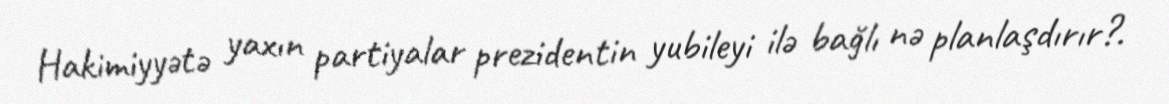
Hakimiyyətə yaxın partiyalar prezidentin yubileyi ilə bağlı nə planlaşdırır?.